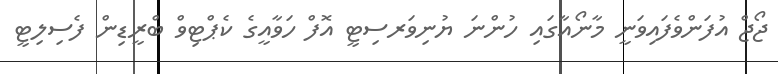
ޖޯޖް އުފަންވެފައިވަނީ މާނޯއާގައި ހުންނަ ޔުނިވަރސިޓީ އޮފް ހަވާއީގެ ކެޕްޓިވް ބްރީޑިން ފެސިލިޓީ